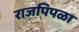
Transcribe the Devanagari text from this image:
राजपिपळा